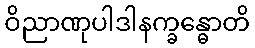
ဝိညာဏုပါဒါနက္ခန္ဓောတိ